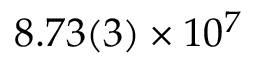
8 . 7 3 ( 3 ) \times 1 0 ^ { 7 }